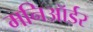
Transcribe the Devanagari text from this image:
मनिऑर्डर